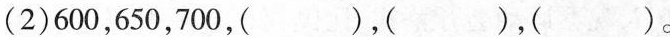
(2)600，650，700，( )，( )，()